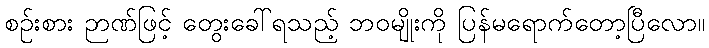
စဉ်းစား ဉာဏ်ဖြင့် တွေးခေါ်ရသည့် ဘဝမျိုးကို ပြန်မရောက်တော့ပြီလော။